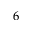
6